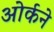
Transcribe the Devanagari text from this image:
ओर्कने